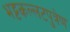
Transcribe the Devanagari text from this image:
भट्टकल्लटपुत्रेण